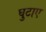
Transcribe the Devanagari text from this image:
घुटाए